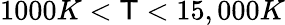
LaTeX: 1000K<\mathsf{T}<15,000K